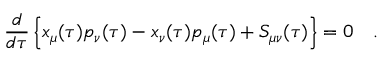
\frac { d } { d \tau } \left\{ x _ { \mu } ( \tau ) p _ { \nu } ( \tau ) - x _ { \nu } ( \tau ) p _ { \mu } ( \tau ) + S _ { \mu \nu } ( \tau ) \right\} = 0 ~ ~ ~ .